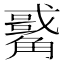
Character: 𧥀